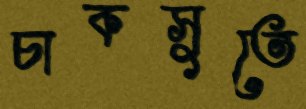
চাকসুতে